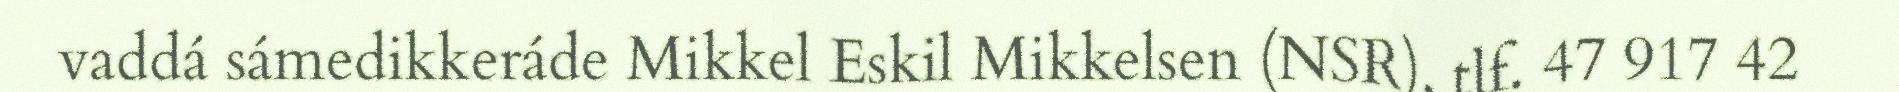
vaddá sámedikkeráde Mikkel Eskil Mikkelsen (NSR), tlf. 47 917 42